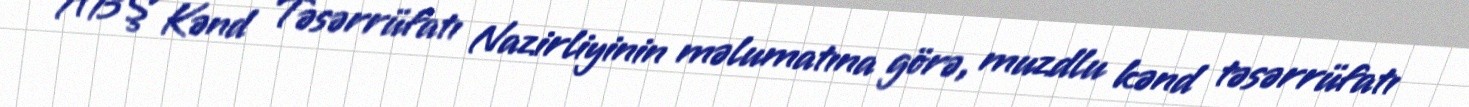
ABŞ Kənd Təsərrüfatı Nazirliyinin məlumatına görə, muzdlu kənd təsərrüfatı